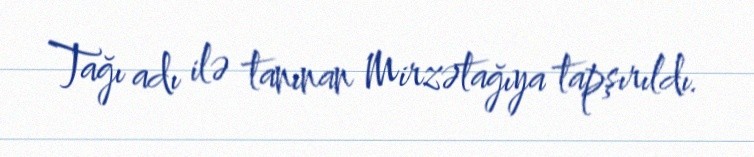
Tağı adı ilə tanınan Mirzətağıya tapşırıldı.